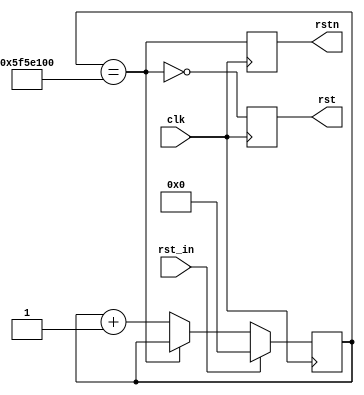

/*
   por_rst #(.CNTR_END(1000*1000*10) )(
   .clk() ,
   .rst_in(),
   .rst(),
   .rstn()
   );
*/

module  por_rst #(parameter CNTR_END = 1000*1000*100 )(input clk,rst_in ,output reg rst,output reg  rstn);

reg [31:0] c;
wire of = ( c ==  CNTR_END )  ;

always @ (posedge clk) if (rst_in) c<=0;else if (~of) c<=c+1;
always @ (posedge clk) rst <= ~of ; 
always @ (posedge clk) rstn <= of ;

endmodule